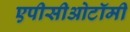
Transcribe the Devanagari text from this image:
एपीसीओटॉमी